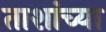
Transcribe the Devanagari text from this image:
ताशांच्या